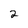
Character: 2